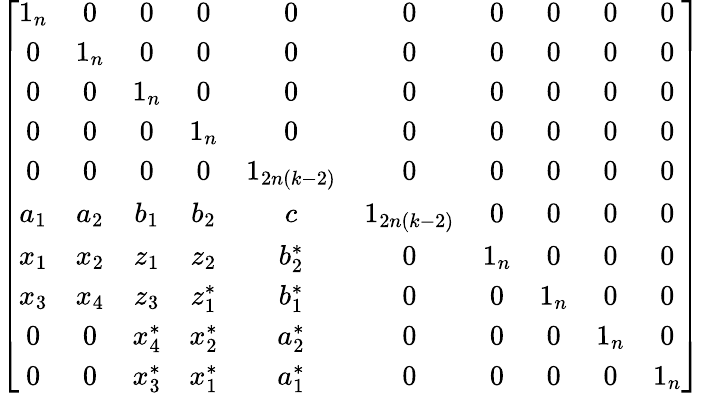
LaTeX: \left[\begin{array}{cccccccccc}{1_{n}}&{0}&{0}&{0}&{0}&{0}&{0}&{0}&{0}&{0}\\ {0}&{1_{n}}&{0}&{0}&{0}&{0}&{0}&{0}&{0}&{0}\\ {0}&{0}&{1_{n}}&{0}&{0}&{0}&{0}&{0}&{0}&{0}\\ {0}&{0}&{0}&{1_{n}}&{0}&{0}&{0}&{0}&{0}&{0}\\ {0}&{0}&{0}&{0}&{1_{2n(k-2)}}&{0}&{0}&{0}&{0}&{0}\\ {a_{1}}&{a_{2}}&{b_{1}}&{b_{2}}&{c}&{1_{2n(k-2)}}&{0}&{0}&{0}&{0}\\ {x_{1}}&{x_{2}}&{z_{1}}&{z_{2}}&{b_{2}^{\ast}}&{0}&{1_{n}}&{0}&{0}&{0}\\ {x_{3}}&{x_{4}}&{z_{3}}&{z_{1}^{\ast}}&{b_{1}^{\ast}}&{0}&{0}&{1_{n}}&{0}&{0}\\ {0}&{0}&{x_{4}^{\ast}}&{x_{2}^{\ast}}&{a_{2}^{\ast}}&{0}&{0}&{0}&{1_{n}}&{0}\\ {0}&{0}&{x_{3}^{\ast}}&{x_{1}^{\ast}}&{a_{1}^{\ast}}&{0}&{0}&{0}&{0}&{1_{n}}\end{array}\right]